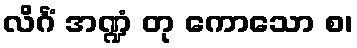
လိင်္ဂံ အဏ္ဍံ တု ကောသော စ၊